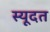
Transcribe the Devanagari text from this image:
स्यूदत